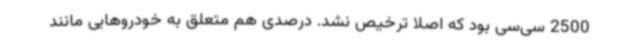
2500 سی‌سی بود که اصلا ترخیص نشد. درصدی هم متعلق به خودروهایی مانند